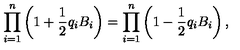
\prod _ { i = 1 } ^ { n } \left( 1 + { \frac { 1 } { 2 } } q _ { i } B _ { i } \right) = \prod _ { i = 1 } ^ { n } \left( 1 - { \frac { 1 } { 2 } } q _ { i } B _ { i } \right) ,